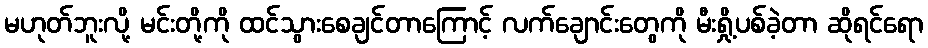
မဟုတ်ဘူးလို့ မင်းတို့ကို ထင်သွားစေချင်တာကြောင့် လက်ချောင်းတွေကို မီးရှို့ပစ်ခဲ့တာ ဆိုရင်ရော